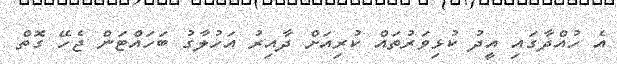
އެ ހުއްދާގައި އީދު ކުޅިވަރުތައް ކުރިއަށް ދާއިރު އަހުލާގު ބަހައްޓަން ޖެހޭ ގޮތް